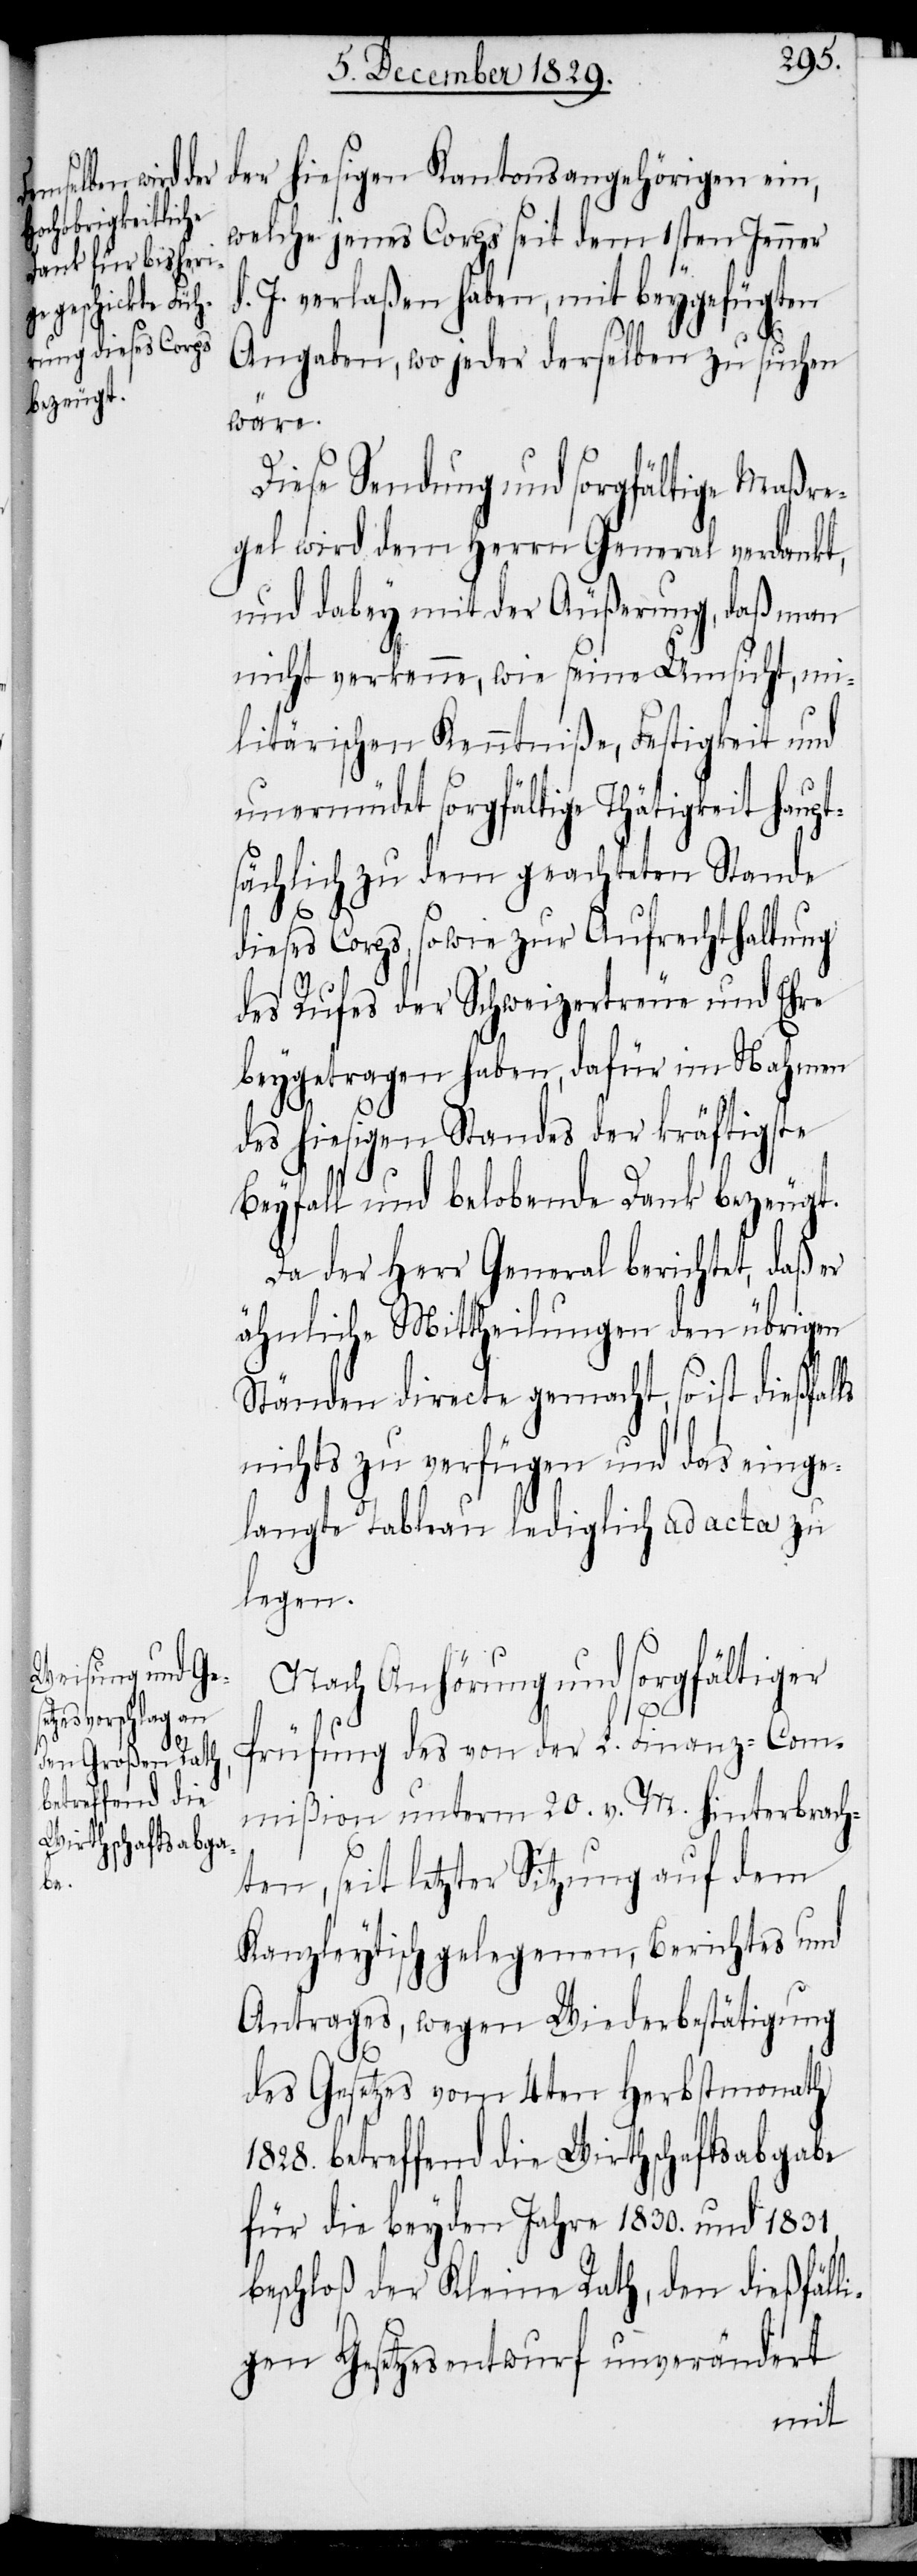
welche jenes Corps seit dem 1sten Jenner
J. verlaßen haben, mit beygefügten
gehörigen ein,
Angaben, wo jeder derselben zu suchen
wäre.
Diese Sendung und sorgfältige Maßre¬
gel wird dem Herrn General verdankt,
und dabey mit der Äußerung, daß man
nicht verkenne, wie seine Umsicht, mi¬
litärischen Kenntniße, Festigkeit und
unermüdet sorgfältige Thätigkeit haupt¬
sächlich zu dem geachteten Stande
dieses Corps, so wie zur Aufrechthaltung
des Rufes der Schweizertreue und Ehre
beygetragen haben, dafür im Nahmen
des hiesigen Standes der kräftigste
Beyfall und belobende Danke bezeugt.
Da der Herr General berichtet, daß er
ähnliche Mittheilungen den übrigen
Ständen directe gemacht, so ist dießfal¬
nichts zu verfügen und das einge¬
langte Tableau lediglich ad acta zu
legen.
Nach Anhörung und sorgfältiger
ls
d.
Prüfung des von der L. Finanz-Com¬
mißion unterm 20.v. M. hinterbrach¬
ten, seit letzter Sitzung auf dem
Kanzleytisch gelegenen, Berichtes und
Antrages, wegen Wiederbestätigung
des Gesetzes vom 4ten Herbstmonath
1828. betreffend die Wirthschaftsabgabe
für die beyden Jahre 1830. und 1831,
beschloß der Kleine Rath, den dießfäll¬
igen Gesetzesentwurf unverändert